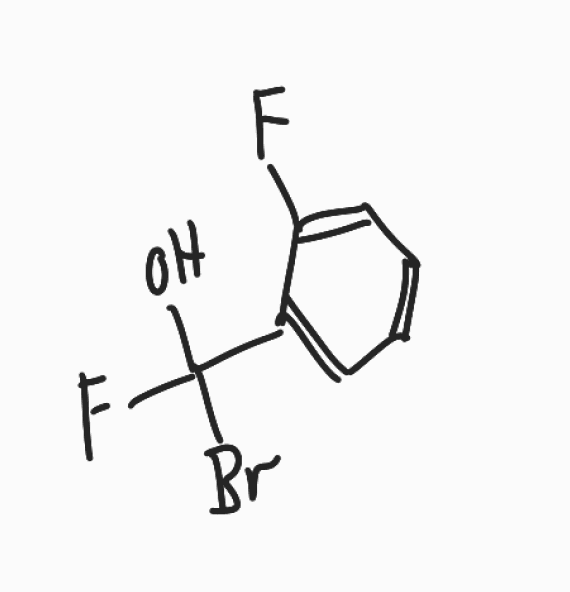
Simplified molecular-input line-entry system (SMILES) notation of the given molecule:
C1=CC=C(C(=C1)C(O)(F)Br)F